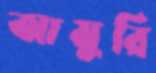
আমুরি